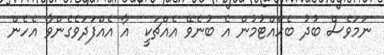
ނަމަވެސް ބުދު ބެހެއްޓުމުން އެ ބުނެވޭ އެއްޗަކީ  އާ އެއްފަދަވެގެންވާ އެހެން